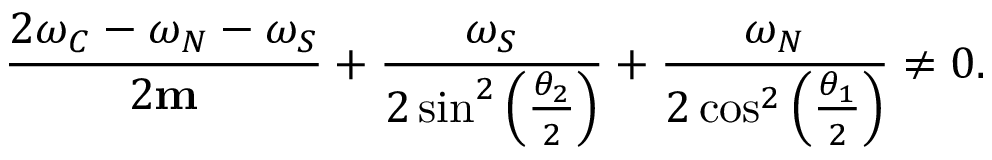
\frac { 2 \omega _ { C } - \omega _ { N } - \omega _ { S } } { 2 \mathbf { m } } + \frac { \omega _ { S } } { 2 \sin ^ { 2 } \left( \frac { \theta _ { 2 } } { 2 } \right) } + \frac { \omega _ { N } } { 2 \cos ^ { 2 } \left( \frac { \theta _ { 1 } } { 2 } \right) } \neq 0 .